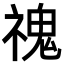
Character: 𩲡